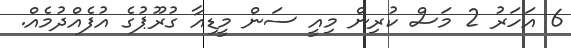
6 އަހަރު 2 މަސް ކުރިން މިއީ ސަން މީޑިއާ ގުރޫޕުގެ އުފެއްދުމެއް.